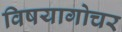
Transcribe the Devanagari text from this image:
विषयागोचर